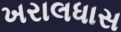
ખરાલધાસ